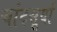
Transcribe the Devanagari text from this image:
चांदसूर्या